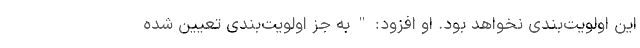
این اولویت‌بندی نخواهد بود. او افزود: " به جز اولویت‌بندی تعیین شده